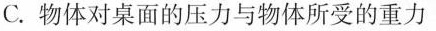
C.物体对桌面的压力与物体所受的重力